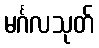
မင်္ဂလသုတ်